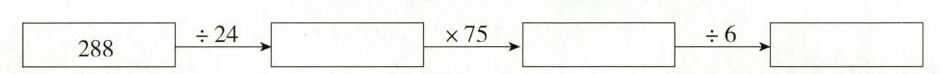
$$\boxed { 2 8 8 } \xrightarrow { \div 2 4 } \Box \xrightarrow { \times 7 5 } \Box \xrightarrow { \div 6 } \Box$$